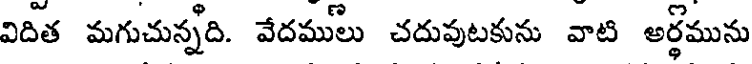
విదిత మగుచున్నది. వేదములు చదువుటకును వాటి అర్థమును